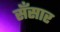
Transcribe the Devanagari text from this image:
सँसार